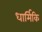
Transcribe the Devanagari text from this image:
धार्मिकि